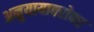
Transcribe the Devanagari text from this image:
अनुयायाबरोबर